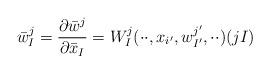
LaTeX: \begin{align*}\bar w^j_I=\frac{\partial\bar w^j}{\partial\bar x_I}=W^j_I(\cdot\cdot,x_{i'},w^{j'}_{I'},\cdot\cdot)(jI)\end{align*}